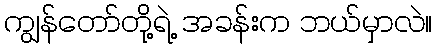
ကျွန်တော်တို့ရဲ့ အခန်းက ဘယ်မှာလဲ။